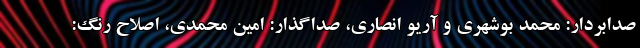
صدابردار: محمد بوشهری و آریو انصاری، صداگذار: امین محمدی، اصلاح رنگ: